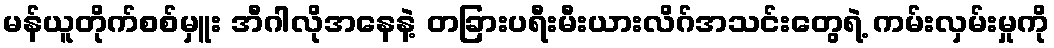
မန်ယူတိုက်စစ်မှူး အီဂါလိုအနေနဲ့ တခြားပရီးမီးယားလိဂ်အသင်းတွေရဲ့ ကမ်းလှမ်းမှုကို